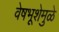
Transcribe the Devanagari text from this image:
वेषभूशेमुळे